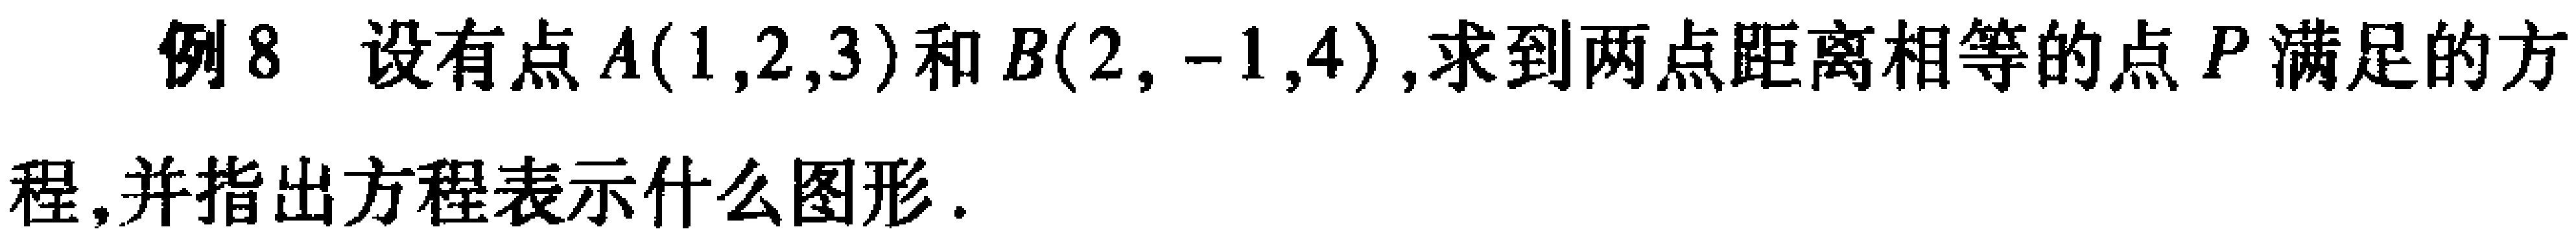
例8 设有点\(A(1,2,3)\)和\(B(2,-1,4)\),求到两点距离相等的点\(P\)满足的方程,并指出方程表示什么图形.